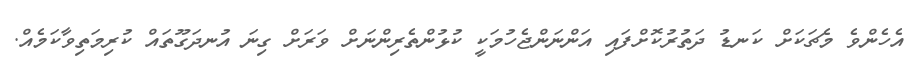
އެހެންވެ މެޗަކަށް ކަނޑު ދަތުރުކޮށްފައި އަންނަންޖެހުމަކީ ކުޅުންތެރިންނަށް ވަރަށް ގިނަ އުނދަގޫތައް ކުރިމަތިވާކަމެއް.